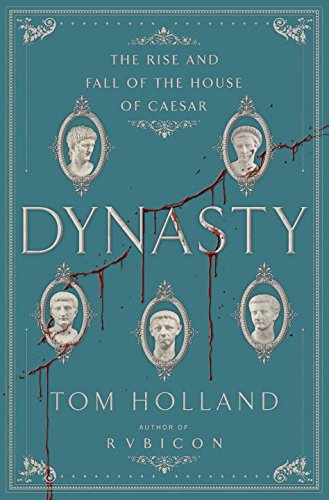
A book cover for Dynasty: The Rise and Fall of the House of Caesar; Tom Holland; History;